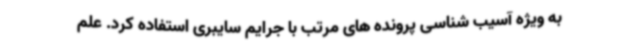
به ویژه آسیب شناسی پرونده های مرتب با جرایم سایبری استفاده کرد. علم